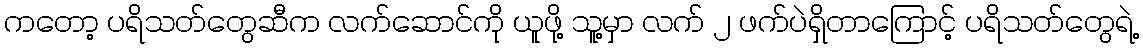
ကတော့ ပရိသတ်တွေဆီက လက်ဆောင်ကို ယူဖို့ သူ့မှာ လက် ၂ ဖက်ပဲရှိတာကြောင့် ပရိသတ်တွေရဲ့